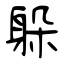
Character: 躲